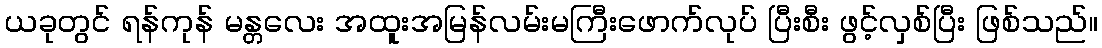
ယခုတွင် ရန်ကုန် မန္တလေး အထူးအမြန်လမ်းမကြီးဖောက်လုပ် ပြီးစီး ဖွင့်လှစ်ပြီး ဖြစ်သည်။